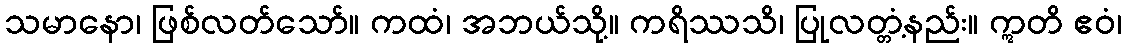
သမာနော၊ ဖြစ်လတ်သော်။ ကထံ၊ အဘယ်သို့။ ကရိဿသိ၊ ပြုလတ္တံ့နည်း။ ဣတိ ဧဝံ၊